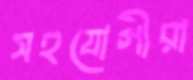
সহযোগীরা